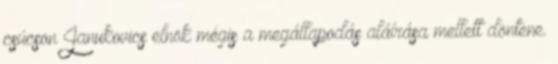
csúcson Janukovics elnök mégis a megállapodás aláírása mellett döntene.